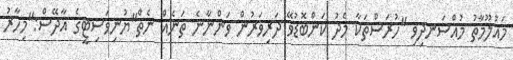
މައުލޫމާތު މުއްސަނދިވި "ހުރަސްތަކާ މެދު ކަންބޮޑުވޭ ދަރިވަރުން ވަންނާނެ ތަނެއް ނެތް"ޔުނިވަސިޓީގެ އާދޭސް:"މިހާރު